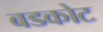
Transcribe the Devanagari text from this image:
बडकोट